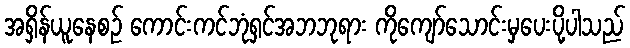
အရှိန်ယူနေစဉ် ကောင်းကင်ဘုံရှင်အဘဘုရား ကိုကျော်သောင်းမှပေးပို့ပါသည်